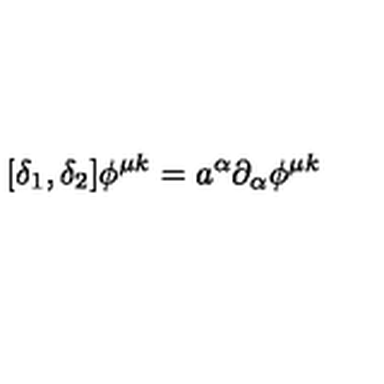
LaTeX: [ \delta _ { 1 } , \delta _ { 2 } ] \phi ^ { \mu k } = a ^ { \alpha } \partial _ { \alpha } \phi ^ { \mu k }